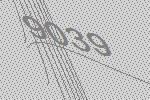
9039